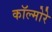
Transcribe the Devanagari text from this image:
कॉल्मोरे